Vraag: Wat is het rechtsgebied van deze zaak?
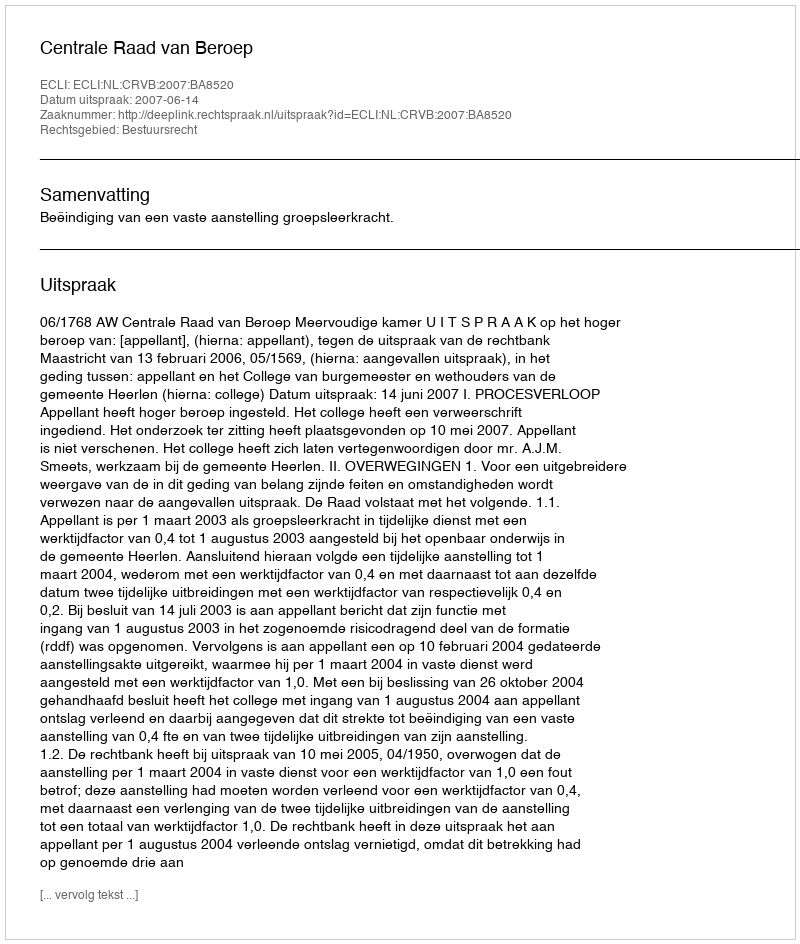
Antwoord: Bestuursrecht